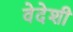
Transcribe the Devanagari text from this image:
वेदेशी